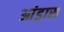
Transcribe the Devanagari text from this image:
आंड्रास